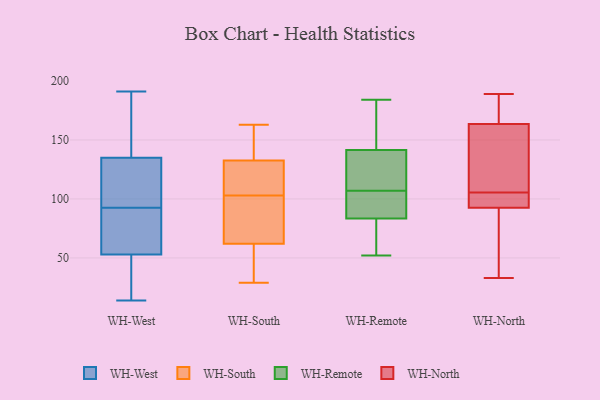
{"axis": {"x": "Tickets Resolved", "y": "Value"}, "legend": ["WH-North", "WH-Remote", "WH-South", "WH-West"], "data": [{"x": "", "y": 76, "type": "WH-West"}, {"x": "", "y": 153, "type": "WH-West"}, {"x": "", "y": 109, "type": "WH-West"}, {"x": "", "y": 53, "type": "WH-West"}, {"x": "", "y": 112, "type": "WH-West"}, {"x": "", "y": 70, "type": "WH-West"}, {"x": "", "y": 14, "type": "WH-West"}, {"x": "", "y": 36, "type": "WH-West"}, {"x": "", "y": 191, "type": "WH-West"}, {"x": "", "y": 135, "type": "WH-West"}, {"x": "", "y": 133, "type": "WH-South"}, {"x": "", "y": 40, "type": "WH-South"}, {"x": "", "y": 92, "type": "WH-South"}, {"x": "", "y": 59, "type": "WH-South"}, {"x": "", "y": 131, "type": "WH-South"}, {"x": "", "y": 71, "type": "WH-South"}, {"x": "", "y": 150, "type": "WH-South"}, {"x": "", "y": 103, "type": "WH-South"}, {"x": "", "y": 163, "type": "WH-South"}, {"x": "", "y": 29, "type": "WH-South"}, {"x": "", "y": 118, "type": "WH-South"}, {"x": "", "y": 184, "type": "WH-Remote"}, {"x": "", "y": 131, "type": "WH-Remote"}, {"x": "", "y": 52, "type": "WH-Remote"}, {"x": "", "y": 88, "type": "WH-Remote"}, {"x": "", "y": 145, "type": "WH-Remote"}, {"x": "", "y": 107, "type": "WH-Remote"}, {"x": "", "y": 129, "type": "WH-Remote"}, {"x": "", "y": 98, "type": "WH-Remote"}, {"x": "", "y": 60, "type": "WH-Remote"}, {"x": "", "y": 82, "type": "WH-Remote"}, {"x": "", "y": 162, "type": "WH-Remote"}, {"x": "", "y": 107, "type": "WH-North"}, {"x": "", "y": 33, "type": "WH-North"}, {"x": "", "y": 171, "type": "WH-North"}, {"x": "", "y": 96, "type": "WH-North"}, {"x": "", "y": 160, "type": "WH-North"}, {"x": "", "y": 189, "type": "WH-North"}, {"x": "", "y": 104, "type": "WH-North"}, {"x": "", "y": 61, "type": "WH-North"}, {"x": "", "y": 167, "type": "WH-North"}, {"x": "", "y": 89, "type": "WH-North"}, {"x": "", "y": 102, "type": "WH-North"}, {"x": "", "y": 135, "type": "WH-North"}]}